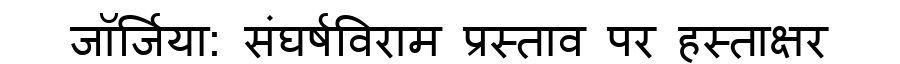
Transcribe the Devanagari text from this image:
जॉर्जिया: संघर्षविराम प्रस्ताव पर हस्ताक्षर